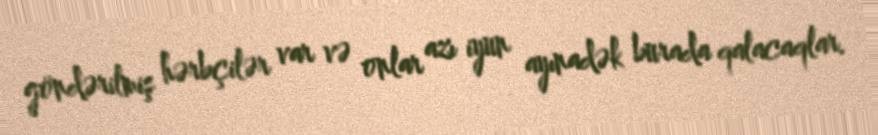
göndərilmiş hərbçilər var və onlar azı iyun ayınadək burada qalacaqlar.